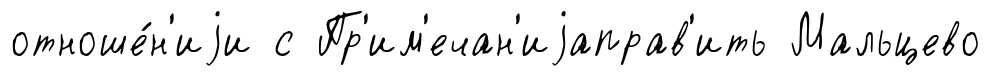
отноше́н'иjи с Пр'им'ечан'иjаправ'ить Мальцево